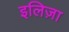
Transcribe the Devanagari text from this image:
इलिज़ा